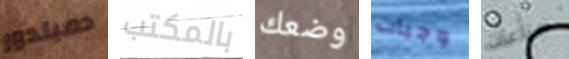
دمبلدور بالمكتب وضعك وجبات صناعات